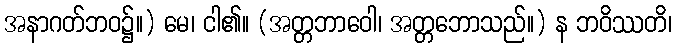
အနာဂတ်ဘဝ၌။) မေ၊ ငါ၏။ (အတ္တဘာဝေါ၊ အတ္တဘောသည်။) န ဘဝိဿတိ၊